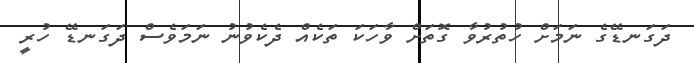
ދަގަނޑޭގެ ނަމަށް ހުތުރުވާ ގޮތަށް ވާހަކަ ތަކެއް ދެކެވުނު ނަމަވެސް ދަގަނޑޭ ހުރީ